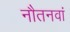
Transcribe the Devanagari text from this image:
नौतनवां